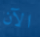
الآن